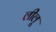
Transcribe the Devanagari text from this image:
लीलू